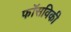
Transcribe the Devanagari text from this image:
फॉसविकी